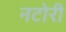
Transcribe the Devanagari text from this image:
नटोरी